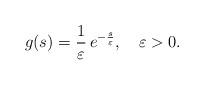
LaTeX: \begin{align*}g(s)=\frac1\varepsilon\, e^{-\frac{s}\varepsilon},\quad\varepsilon>0.\end{align*}